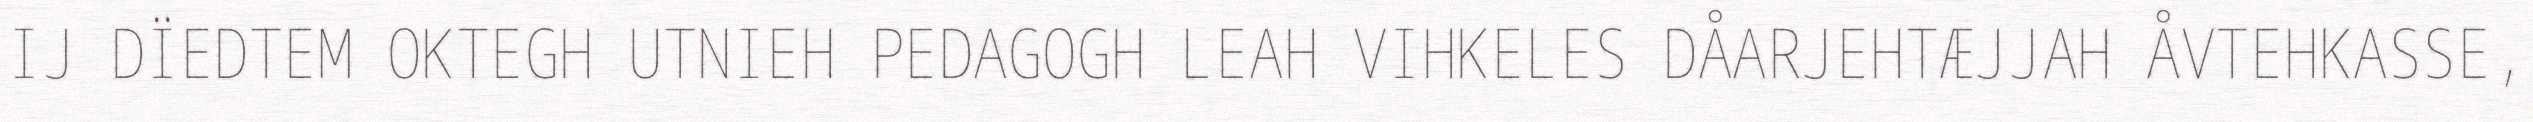
IJ DÏEDTEM OKTEGH UTNIEH PEDAGOGH LEAH VIHKELES DÅARJEHTÆJJAH ÅVTEHKASSE,